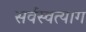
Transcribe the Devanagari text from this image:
सर्वस्वत्याग